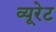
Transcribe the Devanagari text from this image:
व्यूरेट